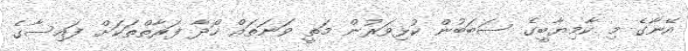
އޭނާގެ މި ކާމިޔާބީގެ ސަބަބުން ކުޅިވަރުން މަތީ ވަނަތައް ހޯދާ ފަރާތްތަކަށް ފައިސާގެ